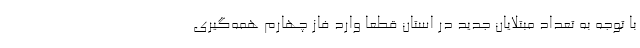
با توجه به تعداد مبتلایان جدید در استان قطعا وارد فاز چهارم همه‌گیری